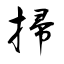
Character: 掃